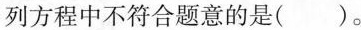
列方程中不符合题意的是()。